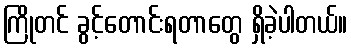
ကြိုတင် ခွင့်တောင်းရတာတွေ ရှိခဲ့ပါတယ်။